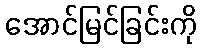
အောင်မြင်ခြင်းကို